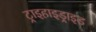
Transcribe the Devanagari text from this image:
ट्राइहाइड्राइड